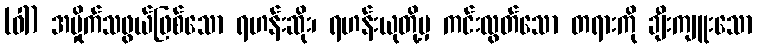
(ဝါ) အမှိုက်သဖွယ်ဖြစ်သော ရဟန်းဆိုး၊ ရဟန်းယုတို့မှ ကင်းလွတ်သော တရားကို ချီးကျူးသော